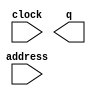
module myRom2 (
	address,
	clock,
	q);

	input	[7:0]  address;
	input	  clock;
	output	[7:0]  q;
`ifndef ALTERA_RESERVED_QIS
// synopsys translate_off
`endif
	tri1	  clock;
`ifndef ALTERA_RESERVED_QIS
// synopsys translate_on
`endif

endmodule